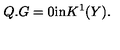
Q . G = 0 \mathrm { i n } K ^ { 1 } ( Y ) .